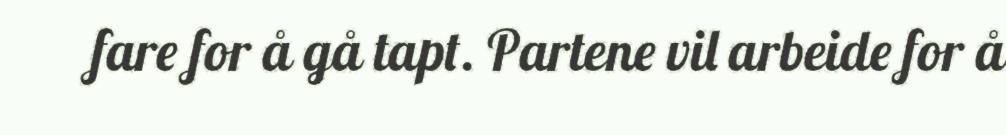
fare for å gå tapt. Partene vil arbeide for å